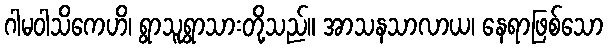
ဂါမဝါသိကေဟိ၊ ရွာသူရွာသားတို့သည်။ အာသနသာလာယ၊ နေရာဖြစ်သော